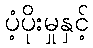
ပံ့ပိုးမှုနှင့်